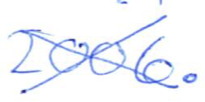
Text: 2006.
Cross-out: cross
Writing tool: ballpoint